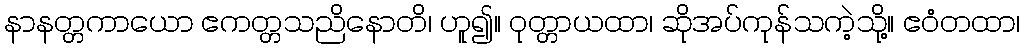
နာနတ္တကာယော ဧကတ္တသညိနောတိ၊ ဟူ၍။ ဝုတ္တာယထာ၊ ဆိုအပ်ကုန်သကဲ့သို့။ ဧဝံတထာ၊